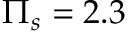
\Pi _ { s } = 2 . 3